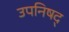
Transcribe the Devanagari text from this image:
उपनिषद्‍